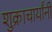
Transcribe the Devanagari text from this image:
शुक्राचार्यांनी